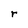
Character: r